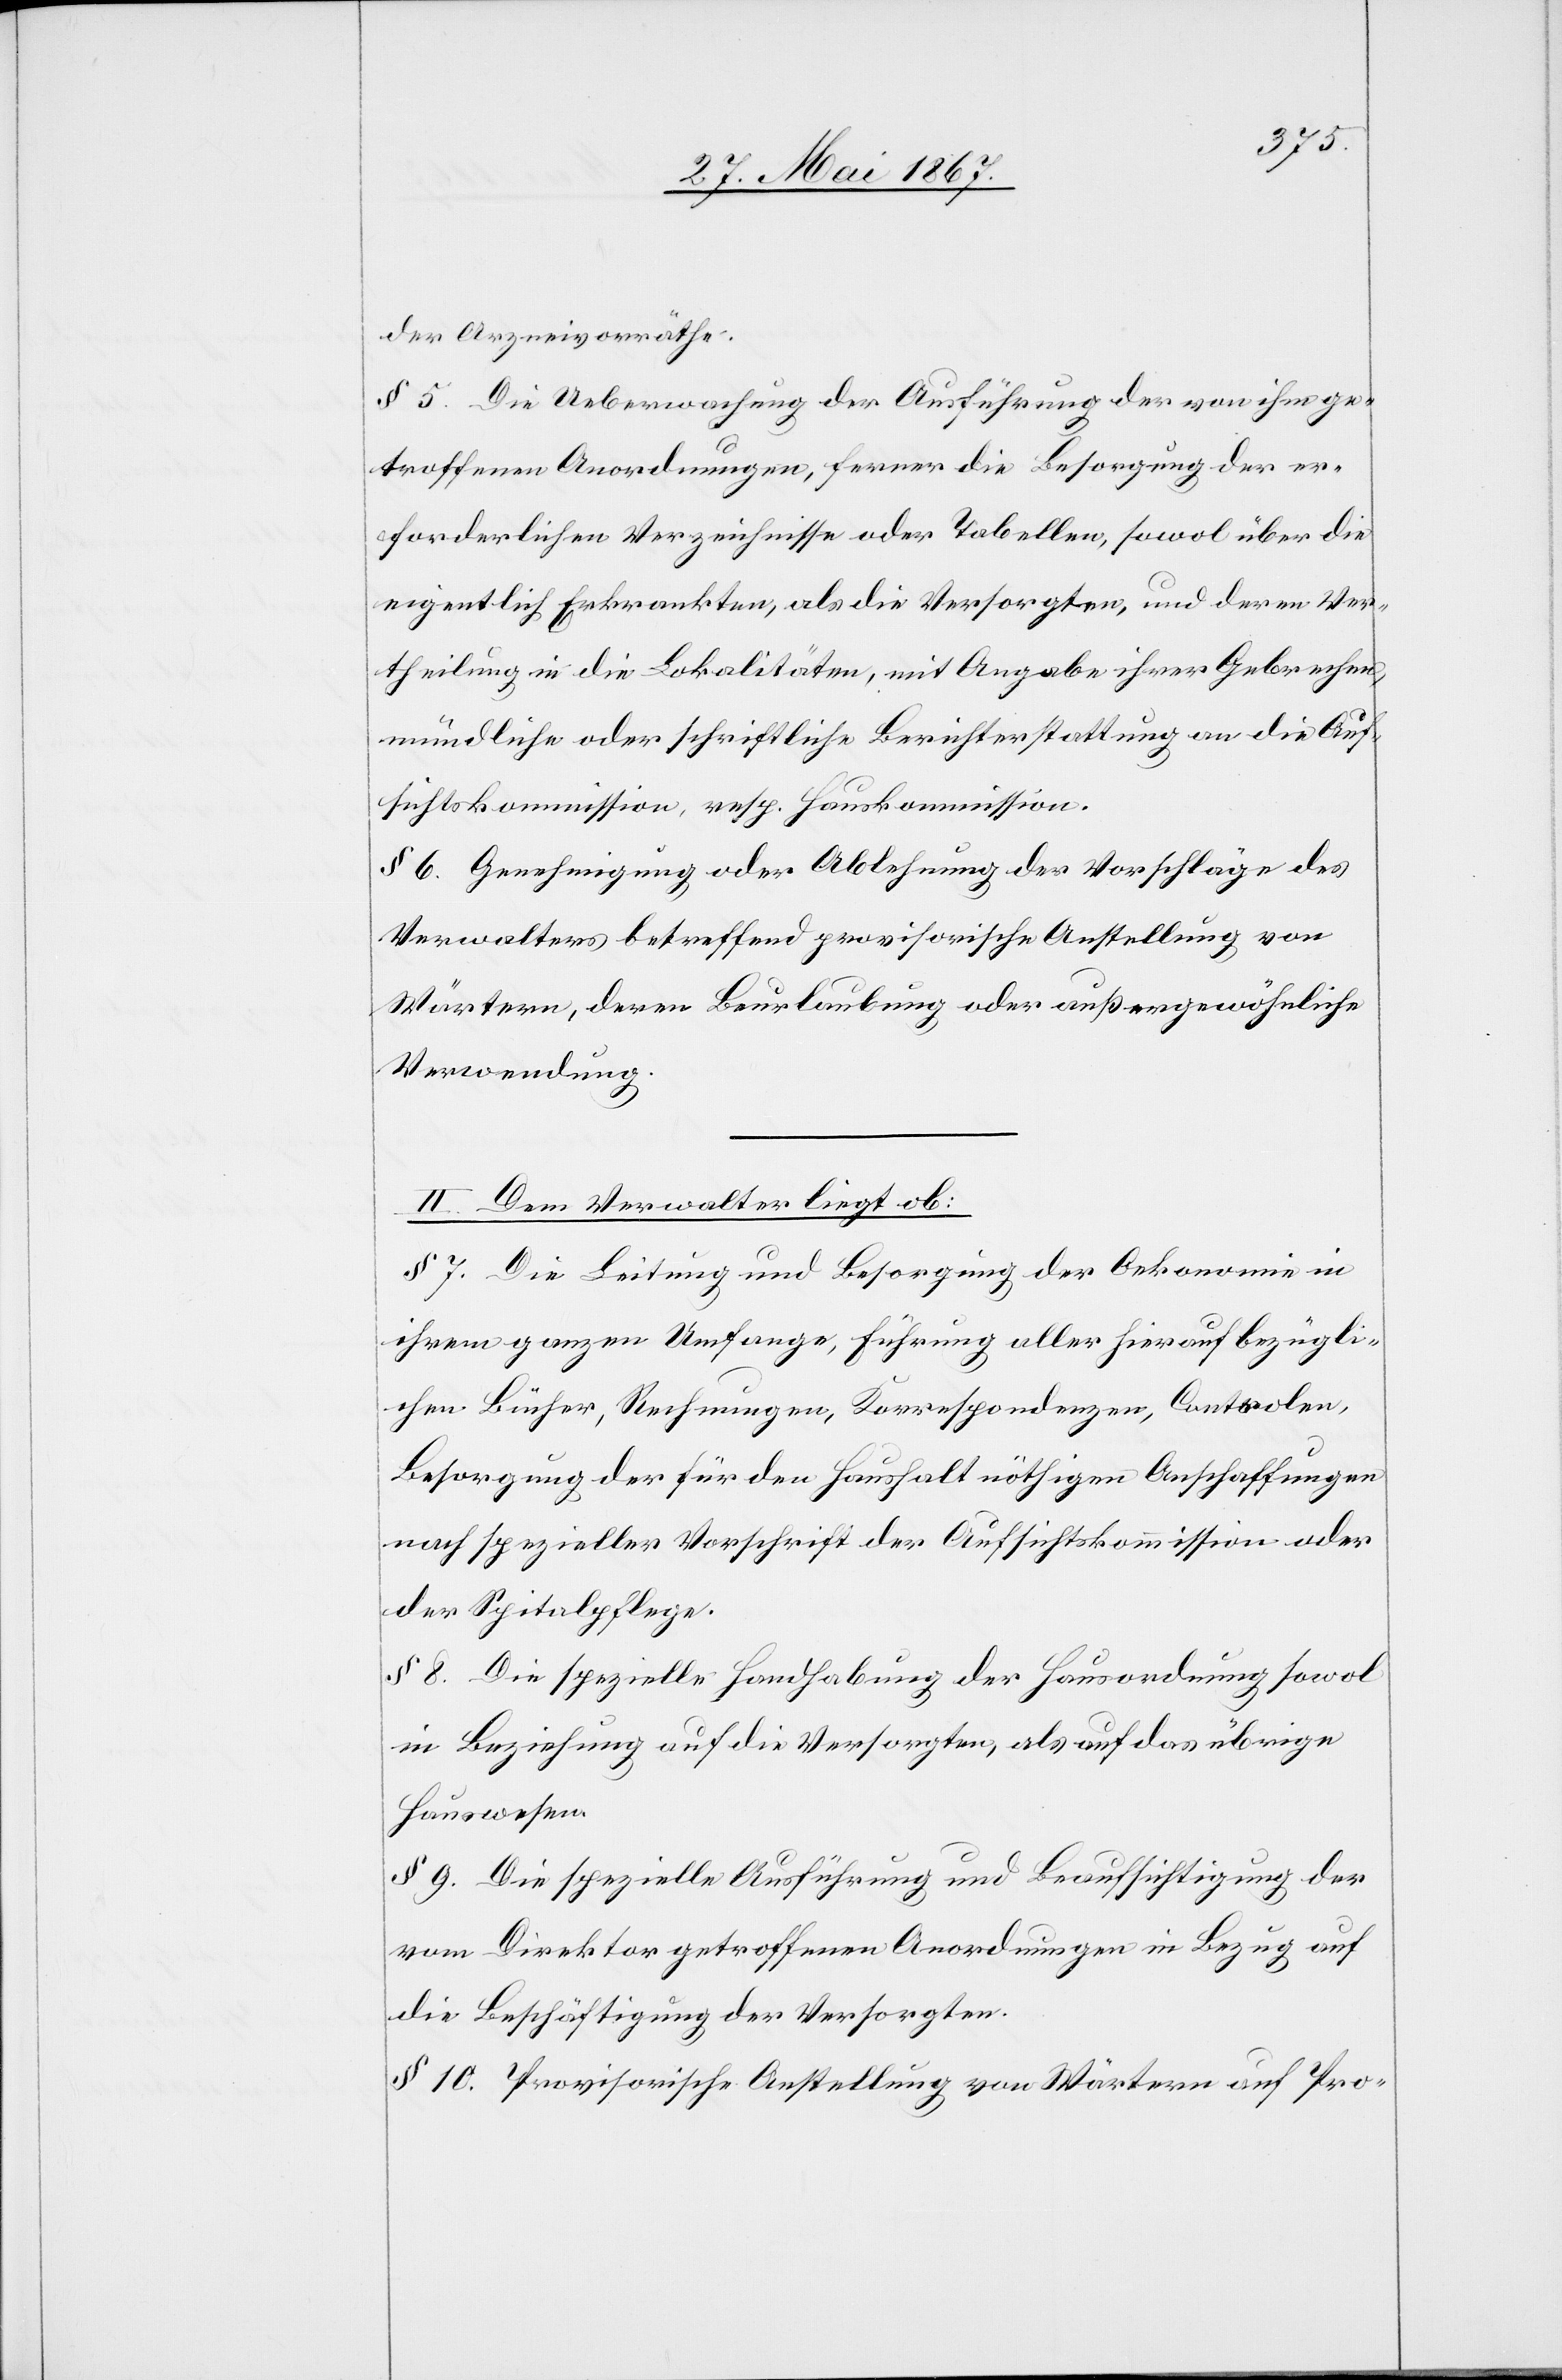
der Arzneivorräthe.
§ 5. Die Uebermachung der Ausführung der von ihm ge¬
troffenen Anordnungen, ferner die Besorgung der er¬
forderlichen Verzeichnisse oder Tabellen, sowol über die
eigentlich Erkrankten, als die Versorgten, und deren Ver¬
theilung in die Lokalitäten, mit Angabe ihrer Gebrechen,
mündliche oder schriftliche Berichterstattung an die Auf¬
sichtskommission resp. Hauskommission.
§ 6. Genehmigung oder Ablehnung der Vorschläge des
Verwalters betreffend provisorische Anstellung von
Wärtern, deren Beurlaubung oder außergewöhnliche
Verwendung.
II. Dem Verwalter liegt ob:
§ 7. Die Leitung und Besorgung der Oekonomie in
ihrem ganzen Umfange, Führung aller hierauf bezügli¬
chen Bücher, Rechnungen, Korrespondenzen, Controlen,
Besorgung der für den Haushalt nöthigen Anschaffungen
nach spezieller Vorschrift der Aufsichtskommission oder
der Spitalpflege.
§ 8. Die spezielle Handhabung der Hausordnung sowol
in Beziehung auf die Versorgten, als auf das übrige
Hauswesen.
§ 9. Die spezielle Ausführung und Beaufsichtigung der
vom Direktor getroffenen Anordnungen in Bezug auf
die Beschäftigung der Versorgten.
§ 10. Provisorische Anstellung von Wärtern auf Pro-